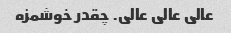
عالی عالی عالی. چقدر خوشمزه